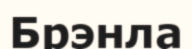
Брэнла